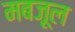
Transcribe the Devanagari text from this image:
मबज़ूल